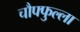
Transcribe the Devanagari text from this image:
चौफ्फुल्ला